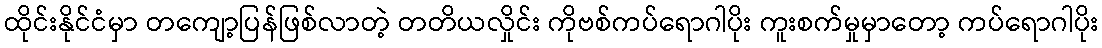
ထိုင်းနိုင်ငံမှာ တကျော့ပြန်ဖြစ်လာတဲ့ တတိယလှိုင်း ကိုဗစ်ကပ်ရောဂါပိုး ကူးစက်မှုမှာတော့ ကပ်ရောဂါပိုး